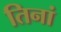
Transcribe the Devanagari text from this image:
तिनां